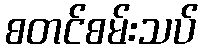
စတင်စမ်းသပ်